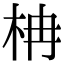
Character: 柟